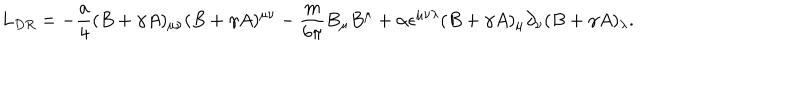
L _ { D R } = - { \frac { a } { 4 } } ( B + \gamma A ) _ { \mu \nu } ( B + \gamma A ) ^ { \mu \nu } - { \frac { m } { 6 \pi } } B _ { \mu } B ^ { \mu } + \alpha \epsilon ^ { \mu \nu \lambda } ( B + \gamma A ) _ { \mu } \partial _ { \nu } ( B + \gamma A ) _ { \lambda } .